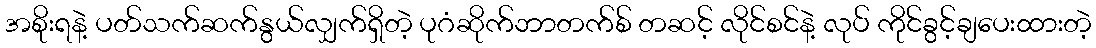
အစိုးရနဲ့ ပတ်သက်ဆက်နွယ်လျှက်ရှိတဲ့ ပုဂံဆိုက်ဘာတက်စ် တဆင့် လိုင်စင်နဲ့ လုပ် ကိုင်ခွင့်ချပေးထားတဲ့